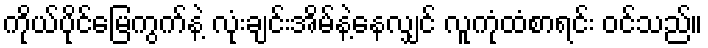
ကိုယ်ပိုင်မြေကွက်နဲ့ လုံးချင်းအိမ်နဲ့နေလျှင် လူကုံထံစာရင်း ဝင်သည်။